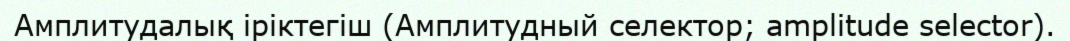
Амплитудалық іріктегіш (Амплитудный селектор; amplitude selector).